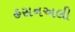
હસનઅલી